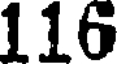
116